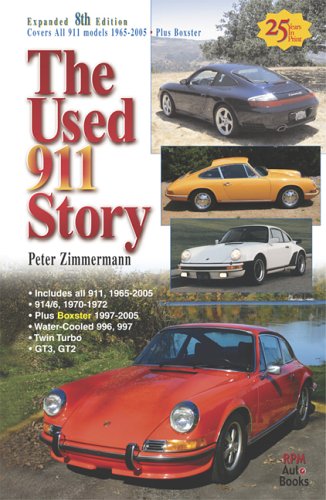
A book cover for The Used 911 Story, 8th Edition; Peter Zimmermann; Engineering & Transportation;